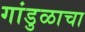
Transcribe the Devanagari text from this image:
गांडुळाचा